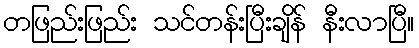
တဖြည်းဖြည်း သင်တန်းပြီးချိန် နီးလာပြီ။